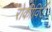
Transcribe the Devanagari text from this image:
रोकीविउ